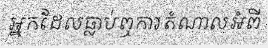
អ្នកដែលធ្លាប់ឮការតំណាលអំពី